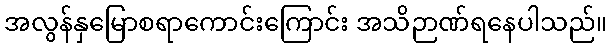
အလွန်နှမြောစရာကောင်းကြောင်း အသိဉာဏ်ရနေပါသည်။